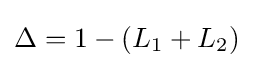
\Delta =1-(L_{1}+L_{2})